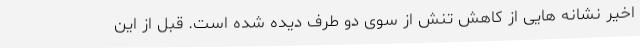
اخیر نشانه هایی از کاهش تنش از سوی دو طرف دیده شده است. قبل از این